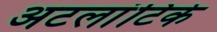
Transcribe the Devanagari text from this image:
अटलांटिके